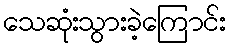
သေဆုံးသွားခဲ့ကြောင်း